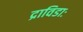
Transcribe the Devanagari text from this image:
द्राविडाः